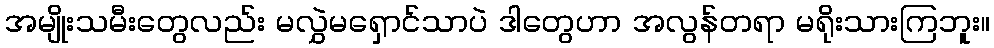
အမျိုးသမီးတွေလည်း မလွှဲမရှောင်သာပဲ ဒါတွေဟာ အလွန်တရာ မရိုးသားကြဘူး။